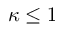
\kappa \leq 1